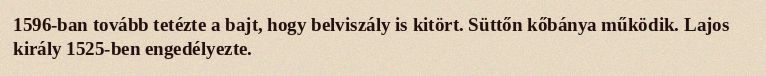
1596-ban tovább tetézte a bajt, hogy belviszály is kitört. Süttőn kőbánya működik. Lajos király 1525-ben engedélyezte.